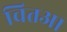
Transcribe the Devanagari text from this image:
चितआ